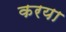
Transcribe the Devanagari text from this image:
करया